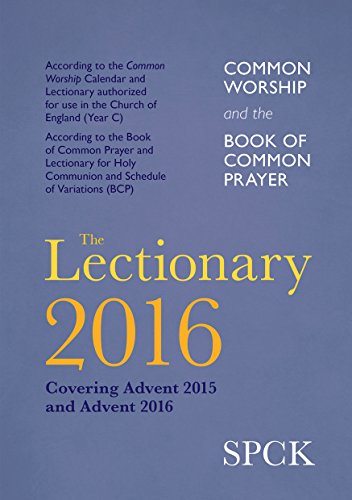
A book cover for The Lectionary 2016: Common Worship and Book of Common Prayer; Christian Books & Bibles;